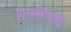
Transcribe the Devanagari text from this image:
भाषारूपाची